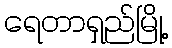
ရေတာရှည်မြို့